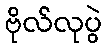
ဗိုလ်လုပွဲ